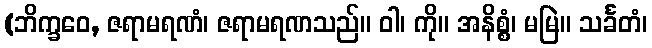
(ဘိက္ခဝေ, ဇရာမရဏံ၊ ဇရာမရဏသည်။ ဝါ၊ ကို။ အနိစ္စံ၊ မမြဲ။ သင်္ခတံ၊